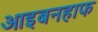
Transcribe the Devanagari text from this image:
आइबनहाफ